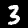
Digit: 3